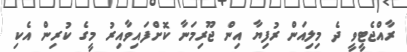
ރާއްޖެޓީވީ ދެ މިލިއަން ރުފިޔާ އިން ޖޫރިމަނާ ކޮށްފައިވާއިރު މީގެ ކުރިން އެކި